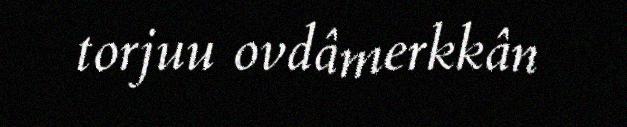
torjuu ovdâmerkkân